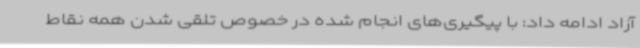
آزاد ادامه داد: با پیگیری‌های انجام شده در خصوص تلقی شدن همه نقاط